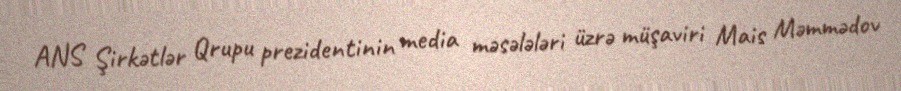
ANS Şirkətlər Qrupu prezidentinin media məsələləri üzrə müşaviri Mais Məmmədov